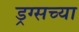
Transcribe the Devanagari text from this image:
ड्रग्सच्या